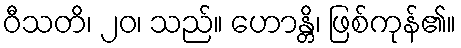
ဝီသတိ၊ ၂၀၊ သည်။ ဟောန္တိ၊ ဖြစ်ကုန်၏။